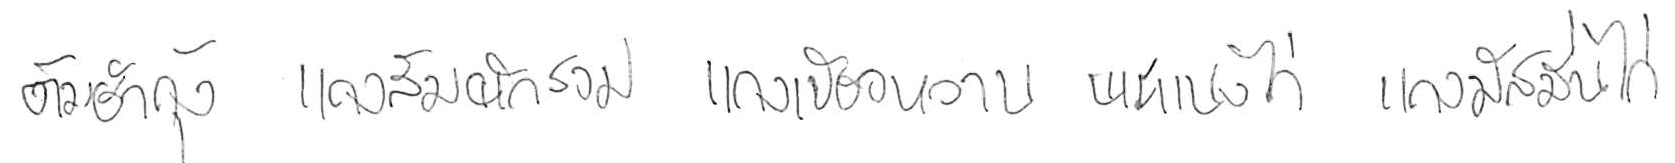
ต้มยำกุ้ง แกงส้มผักรวม แกงเขียวหวาน พะแนงไก่ แกงมัสมั่นไก่